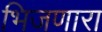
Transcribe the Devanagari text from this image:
भिजणारा